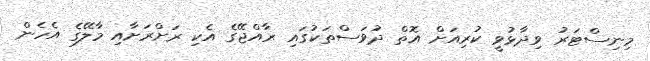
މިނިސްޓަރު ވިދާޅުވީ ކުރިއަށް އޮތް ދުވަސްތަކުގައި ރާއްޖޭގެ އެކި ރަށްރަށާއި މާލޭގެ އެހެން